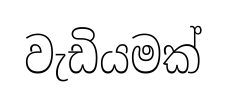
වැඩියමක්